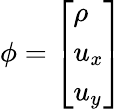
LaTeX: \phi=\left[\begin{array}{l}{\rho}\\ {u_{x}}\\ {u_{y}}\end{array}\right]